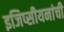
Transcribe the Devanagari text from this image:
इजिप्सीयनांची